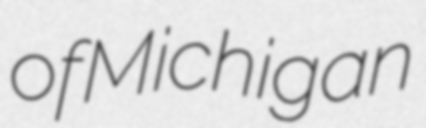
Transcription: of Michigan